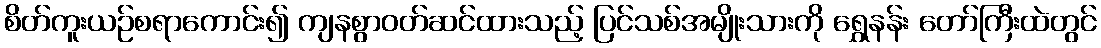
စိတ်ကူးယဉ်စရာကောင်း၍ ကျနစွာဝတ်ဆင်ထားသည့် ပြင်သစ်အမျိုးသားကို ရွှေနန်း တော်ကြီးထဲတွင်